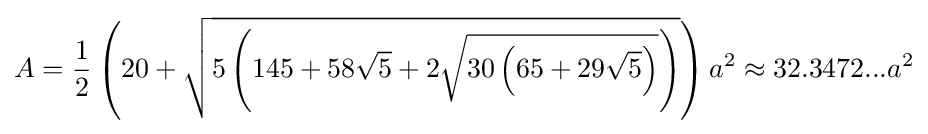
A={\frac {1}{2}}\left(20+{\sqrt {5\left(145+58{\sqrt {5}}+2{\sqrt {30\left(65+29{\sqrt {5}}\right)}}\right)}}\right)a^{2}\approx 32.3472...a^{2}